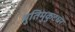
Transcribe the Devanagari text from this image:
श्रुतिमुकुटधर